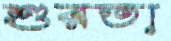
শুরতা